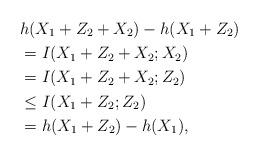
LaTeX: \begin{align*}&h(X_1+Z_2+X_2)-h(X_1+Z_2)\\&=I(X_1+Z_2+X_2;X_2)\\&= I(X_1+Z_2+X_2;Z_2)\\&\le I(X_1+Z_2;Z_2)\\&=h(X_1+Z_2)-h(X_1),\end{align*}